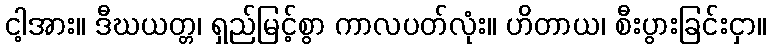
ငါ့အား။ ဒီဃယတ္တ၊ ရှည်မြင့်စွာ ကာလပတ်လုံး။ ဟိတာယ၊ စီးပွားခြင်းငှာ။